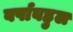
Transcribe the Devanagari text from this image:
वर्षाबहुल